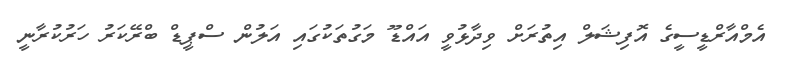
އެމްއާރްޑީސީގެ އޮފިޝަލް އިތުރަށް ވިދާޅުވީ އައްޑޫ މަގުތަކުގައި އަލުން ސްޕީޑް ބްރޭކަރު ހަރުކުރާނީ